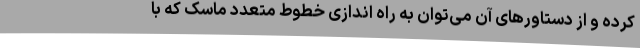
کرده و از دستاورهای آن می‌توان به راه اندازی خطوط متعدد ماسک که با